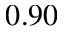
0 . 9 0